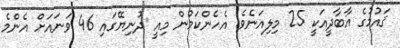
ޤައުމުގެ އާބާދީއަކީ 25 މިލިއަނެވެ. އެހެންކަމުން މިއީ ދުނިޔޭގައި 46 ވަނައަށް އެންމެ